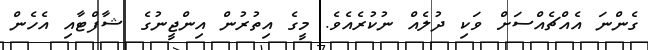
ގެންނަ އެއްޗެއްސަށް ވަކި ދުލެއް ނުކުރެއެވެ. މީގެ އިތުރުން އިންޖީނުގެ ޝާފްޓާއި އެހެން